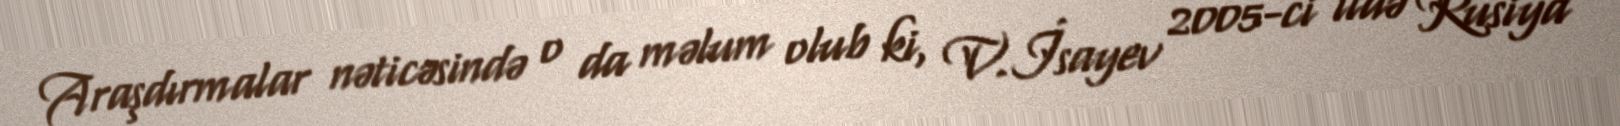
Araşdırmalar nəticəsində o da məlum olub ki, V.İsayev 2005-ci ildə Rusiya